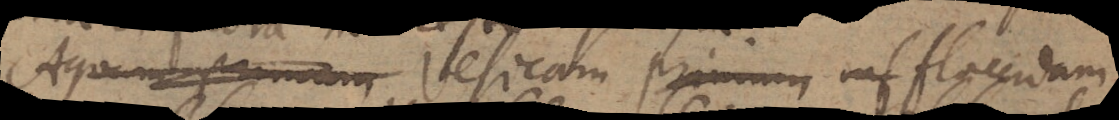
Aquam primum Vesicam primum flaccidam